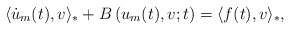
\begin{align*} \langle \dot{u}_m(t), v\rangle_* + B\left(u_m(t), v; t\right) = \langle f(t),v \rangle_*, \end{align*}